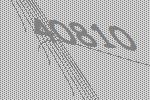
40810